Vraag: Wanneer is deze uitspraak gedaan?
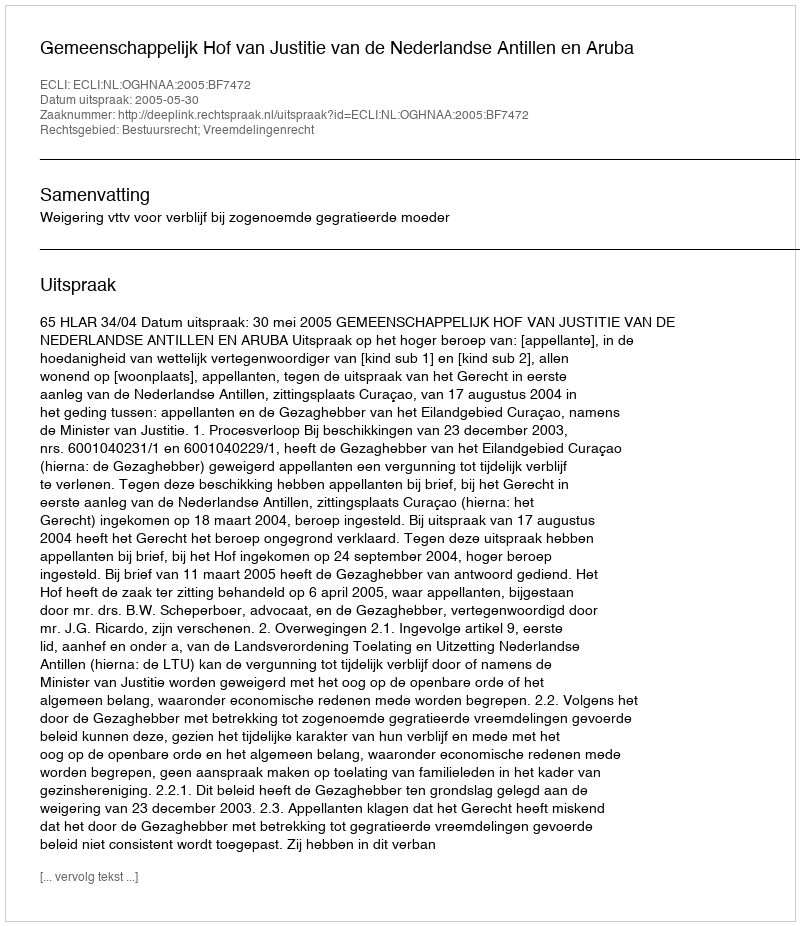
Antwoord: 2005-05-30